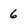
Character: 6